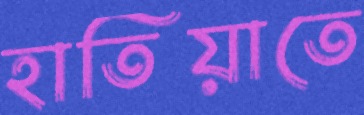
হাতিয়াতে